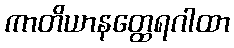
ကာတိယာနတ္ထေရဂါထာ